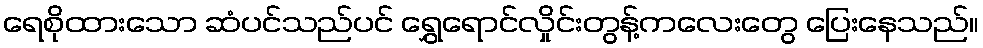
ရေစိုထားသော ဆံပင်သည်ပင် ရွှေရောင်လှိုင်းတွန့်ကလေးတွေ ပြေးနေသည်။